Indian journal of veterinary science and animal husbandry - Volume 14,
Year: 1944
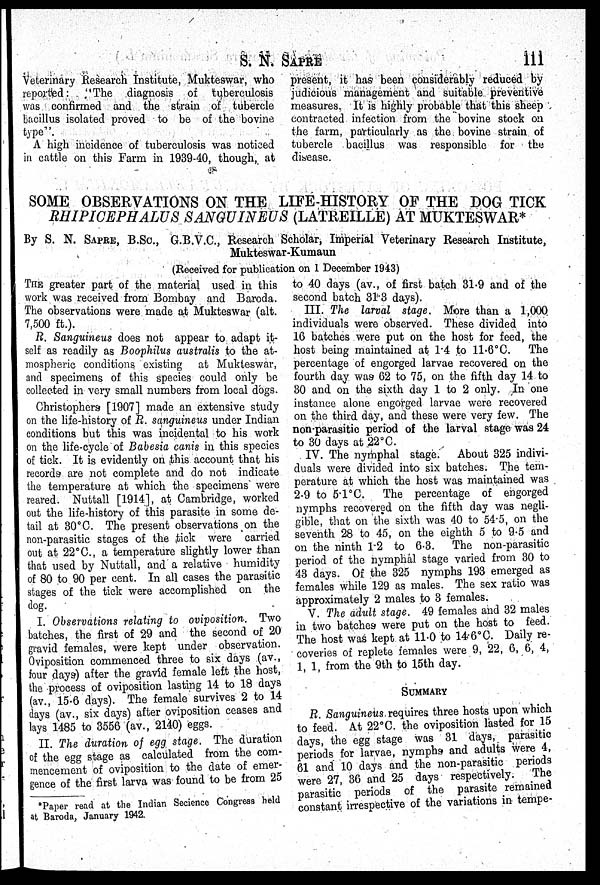
S. N. SAPRE 111
Veterinary Research Institute, Mukteswar, who
reported: "The diagnosis of tuberculosis
was confirmed and the strain of tubercle
bacillus isolated proved to be of the bovine
type".
A high incidence of tuberculosis was noticed
in cattle on this Farm in 1939-40, though, at
present, it has been considerably reduced by
judicious management and suitable preventive
measures. It is highly probable that this sheep
contracted infection from the bovine stock on
the farm, particularly as the bovine strain of
tubercle bacillus was responsible for the
disease.
SOME OBSERVATIONS ON THE LIFE-HISTORY OF THE DOG TICK
RHIPICEPHALUS SANGUINEUS (LATREILLE) AT MUKTESWAR*
By S. N. SAPRE, B.Sc., G.B.V.C., Research Scholar, Imperial Veterinary Research Institute,
Mukteswar-Kumaun
(Received for publication on 1 December 1943)
THE greater part of the material used in this
work was received from Bombay and Baroda.
The observations were made at Mukteswar (alt.
7,500 ft.).
R. Sanguineus does not appear to adapt it-
self as readily as Boophilus australis to the at-
mospheric conditions existing at Mukteswar,
and specimens of this species could only be
collected in very small numbers from local dogs.
Christophers [1907] made an extensive study
on the life-history of R. sanguineus under Indian
conditions but this was incidental to his work
on the life-cycle of Babesia canis in this species
of tick. It is evidently on this account that his
records are not complete and do not indicate
the temperature at which the specimens were
reared. Nuttall [1914], at Cambridge, worked
out the life-history of this parasite in some de-
tail at 30°C. The present observations on the
non-parasitic stages of the tick were carried
out at 22°C., a temperature slightly lower than
that used by Nuttall, and a relative humidity
of 80 to 90 per cent. In all cases the parasitic
stages of the tick were accomplished on the
dog.
I. Observations relating to oviposition. Two
batches, the first of 29 and the second of 20
gravid females, were kept under observation.
Oviposition commenced three to six days (av.,
four days) after the gravid female left the host,
the process of oviposition lasting 14 to 18 days
(av., 15.6 days). The female survives 2 to 14
days (av., six days) after oviposition ceases and
lays 1485 to 3556 (av., 2140) eggs.
II. The duration of egg stage. The duration
of the egg stage as calculated from the com-
mencement of oviposition to the date of emer-
gence of the first larva was found to be from 25
to 40 days (av., of first batch 31.9 and of the
second batch 31.3 days).
III. The larval stage. More than a 1,000
individuals were observed. These divided into
16 batches were put on the host for feed, the
host being maintained at 1.4 to 11.6°C. The
percentage of engorged larvae recovered on the
fourth day was 62 to 75, on the fifth day 14 to
30 and on the sixth day 1 to 2 only. In one
instance alone engorged larvae were recovered
on the third day, and these were very few. The
non-parasitic period of the larval stage was 24
to 30 days at 22°C.
IV. The nymphal stage.
About 325 indivi-
duals were divided into six batches. The tem-
perature at which the host was maintained was
2.9 to 5.1°C.
The percentage of engorged
nymphs recovered on the fifth day was negli-
gible, that on the sixth was 40 to 54.5, on the
seventh 28 to 45, on the eighth 5 to 9.5 and
on the ninth 1.2 to 6.3. The non-parasitic
period of the nymphal stage varied from 30 to
43 days. Of the 325 nymphs 193 emerged as
females while 129 as males. The sex ratio was
approximately 2 males to 3 females.
V. The adult stage. 49 females and 32 males
in two batches were put on the host to feed.
The host was kept at 11.0 to 14.6°C. Daily re-
coveries of replete females were 9; 22; 6; 6; 4;
1, 1, from the 9th to 15th day.
SUMMARY
R. Sanguineus requires three hosts upon which
to feed. At 22°C. the oviposition lasted for 15
days, the egg stage was 31 days, parasitic
periods for larvae, nymphs and adults were 4,
61 and 10 days and the non-parasitic periods
were 27, 36 and 25 days respectively.
The
parasitic periods of the parasite remained
constant irrespective of the variations in tempe-
*Paper read at the Indian Secience Congress held
at Baroda, January 1942.